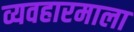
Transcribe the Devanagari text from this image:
व्यवहारमाला